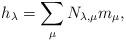
LaTeX: \begin{align*} h_\lambda = \sum_\mu N_{\lambda,\mu} m_\mu,\end{align*}